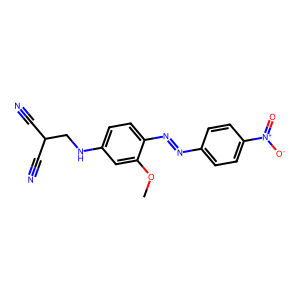
SMILES: COc1cc(NCC(C#N)C#N)ccc1N=Nc1ccc([N+](=O)[O-])cc1
Inhibits HIV replication: No